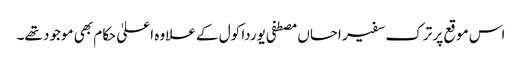
اس موقع پر ترک سفیر احساں مصطفی یوردا کول کے علاوہ اعلیٰ حکام بھی موجود تھے۔